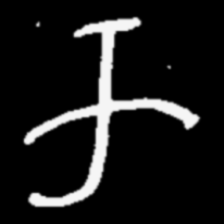
Pyu character \u2014 Myanmar letter: က (romanized: ka)